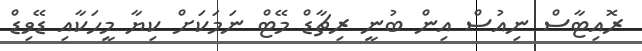
ރޮއިޓާސް ނިއުސް އިން ބުނީ ރިޗާޑް މޭޓް ނަމަކަށް ކިޔާ މީހަކާއި ޑޭވިޑް